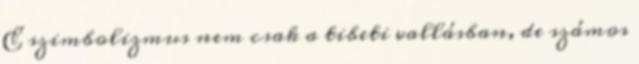
E szimbolizmus nem csak a tibeti vallásban, de számos